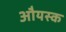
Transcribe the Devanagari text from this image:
औयस्क